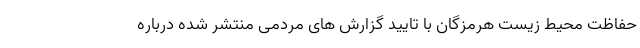
حفاظت محیط زیست هرمزگان با تایید گزارش های مردمی منتشر شده درباره